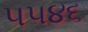
૫૫૪૬